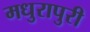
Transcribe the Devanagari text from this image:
मधुरापुरी